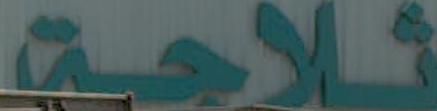
ثلاجة